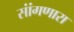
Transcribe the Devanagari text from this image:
सांंगणारा